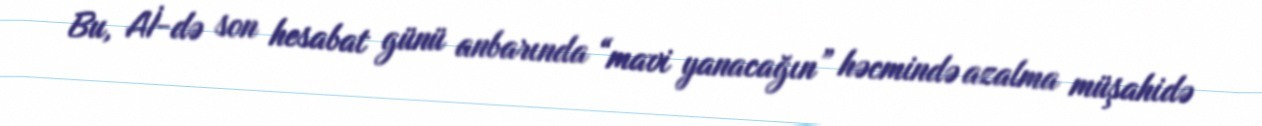
Bu, Aİ-də son hesabat günü anbarında “mavi yanacağın” həcmində azalma müşahidə